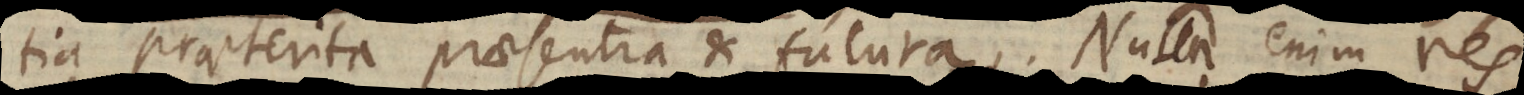
tia praeterita praesentia et futura. Nulla enim res